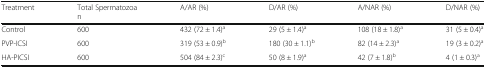
<table><thead><tr><td><b>Treatment</b></td><td><b>Total Spermatozoan</b></td><td><b>A/AR (%)</b></td><td><b>D/AR (%)</b></td><td><b>A/NAR (%)</b></td><td><b>D/NAR (%)</b></td></tr></thead><tbody><tr><td>Control</td><td>600</td><td>432 (72 ± 1.4)<sup>a</sup></td><td>29 (5 ± 1.4)<sup>a</sup></td><td>108 (18 ± 1.8)<sup>a</sup></td><td>31 (5 ± 0.4)<sup>a</sup></td></tr><tr><td>PVP-ICSI</td><td>600</td><td>319 (53 ± 0.9)<sup>b</sup></td><td>180 (30 ± 1.1)<sup>b</sup></td><td>82 (14 ± 2.3)<sup>a</sup></td><td>19 (3 ± 0.2)<sup>a</sup></td></tr><tr><td>HA-PICSI</td><td>600</td><td>504 (84 ± 2.3)<sup>c</sup></td><td>50 (8 ± 1.9)<sup>a</sup></td><td>42 (7 ± 1.8)<sup>b</sup></td><td>4 (1 ± 0.3)<sup>a</sup></td></tr></tbody></table>